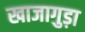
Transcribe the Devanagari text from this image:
खाजागुड़ा